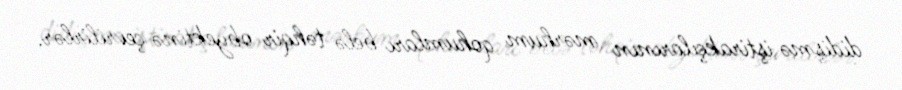
didişmə iştirakçılarının mərhum qohumları belə təhqir obyektinə çevrilirlər.